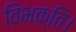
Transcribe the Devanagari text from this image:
विभक्ति।